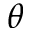
\theta